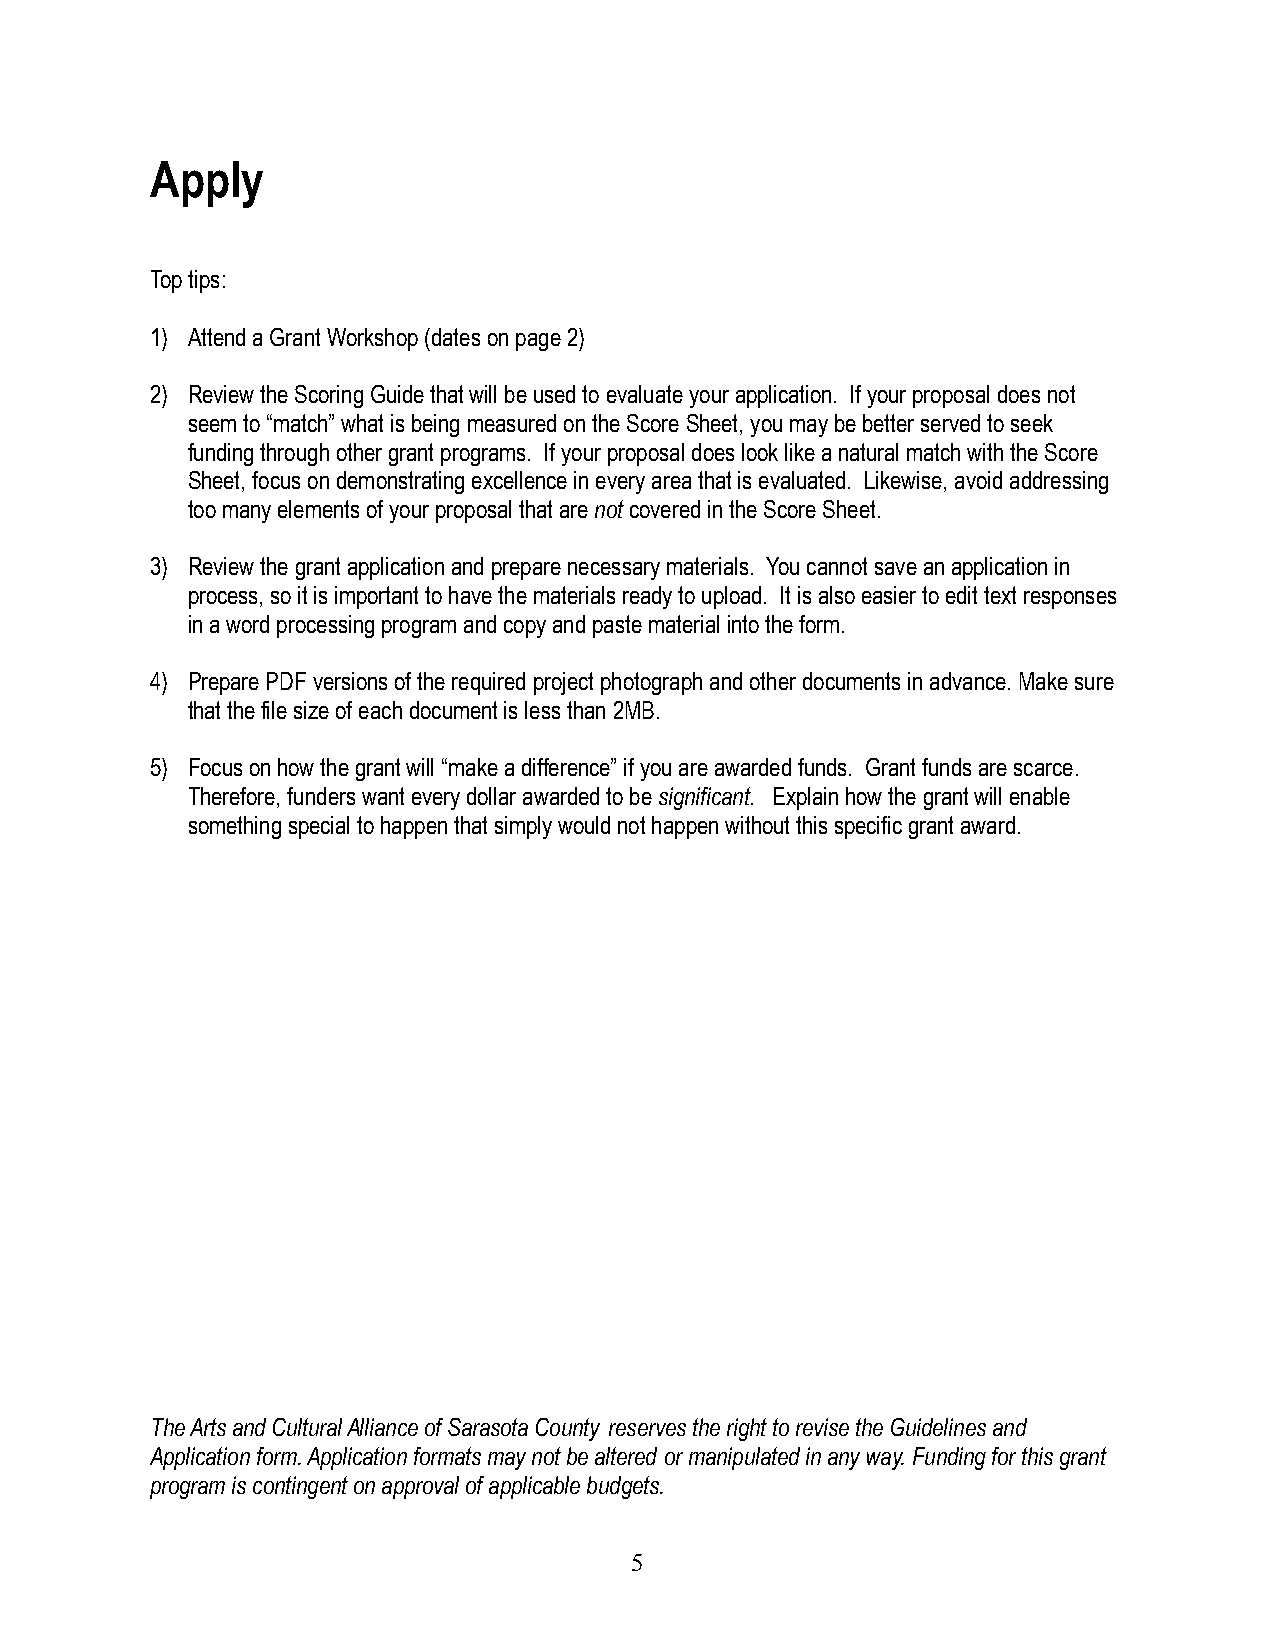
Apply
 Top tips:
 1) Attend a Grant Workshop (dates on page 2)
 2) Review the Scoring Guide that will be used to evaluateyour application. If your proposal does not
 seem to “match” what is being measured on the ScoreSheet, you may be better served to seek
 funding through other grant programs. If your proposaldoes look like a natural match with the Score
 Sheet, focus on demonstrating excellence in everyarea that is evaluated. Likewise, avoid addressing
 too many elements of your proposal that arenotcoveredin the Score Sheet.
 3) Review the grant application and prepare necessarymaterials. You cannot save an application in
 process, so it is important to have the materialsready to upload. It is also easier to edit text responses
 in a word processing program and copy and paste materialinto the form.
 4) Prepare PDF versions of the required project photographand other documents in advance. Make sure
 that the file size of each document is less than 2MB.
 5) Focus on how the grant will “make a difference” ifyou are awarded funds. Grant funds are scarce.
 Therefore, funders want every dollar awarded to besignificant. Explain how the grant will enable
 something special to happen that simply would nothappen without this specific grant award.
 The Arts and Cultural Alliance of Sarasota County reserves the right to revise the Guidelines and
 Application form. Application formats may not be altered or manipulated in any way. Funding for this grant
 program is contingent on approval of applicable budgets.
 5